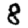
Digit: 8